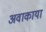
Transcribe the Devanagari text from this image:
अवाकाया